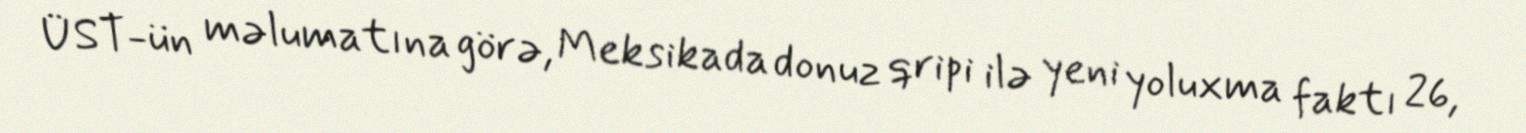
ÜST-ün məlumatına görə, Meksikada donuz qripi ilə yeni yoluxma faktı 26,